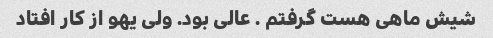
شیش ماهی هست گرفتم . عالی بود. ولی یهو از کار افتاد